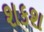
શકશ